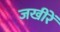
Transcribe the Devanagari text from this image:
जखीरें